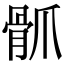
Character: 𩨢